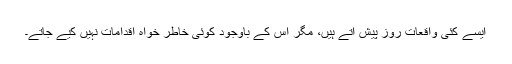
ایسے کئی واقعات روز پیش آتے ہیں، مگر اس کے باوجود کوئی خاطر خواہ اقدامات نہیں کیے جاتے۔